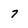
Character: 7